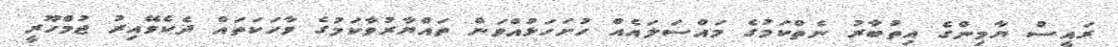
ރައީސް ޔާމިންގެ އިތުބާރު ނެތްކަމުގެ މައްސަލައެއް ހުށަހަޅުއްވަން ތައްޔާރުވާކަމުގެ ވާހަކަތައް ދެކެވޭއިރު ޖުމްހޫރީ